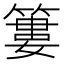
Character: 簍